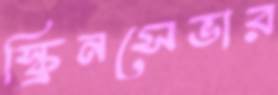
স্ক্রিনসেভার